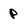
Character: p